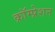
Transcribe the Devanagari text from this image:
क्रॉम्प्रेशन